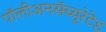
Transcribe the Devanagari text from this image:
पॉलीअनसॅच्युरेटेड